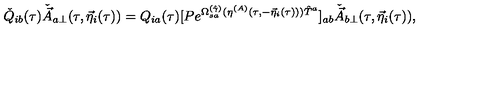
\check { Q } _ { i b } ( \tau ) \check { \vec { A } } _ { a \perp } ( \tau , { \vec { \eta } } _ { i } ( \tau ) ) = Q _ { i a } ( \tau ) [ P e ^ { \Omega _ { s a } ^ { ( \hat { \gamma } ) } ( \eta ^ { ( A ) } ( \tau , - { \vec { \eta } } _ { i } ( \tau ) ) ) { \hat { T } } ^ { a } } ] _ { a b } \check { \vec { A } } _ { b \perp } ( \tau , { \vec { \eta } } _ { i } ( \tau ) ) ,